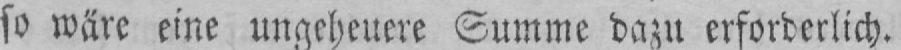
so wäre eine ungeheuere Summe dazu erforderlich.